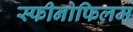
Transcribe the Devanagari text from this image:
स्फीनोफिलम